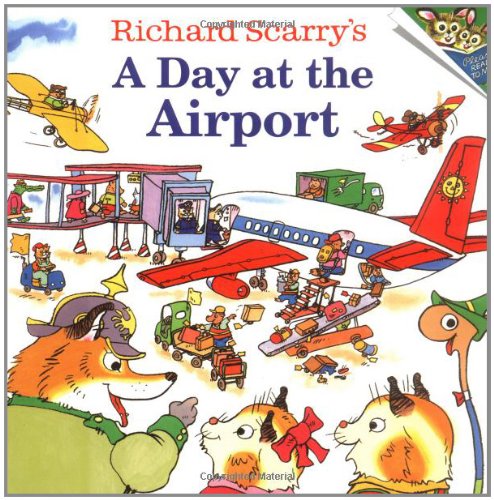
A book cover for Richard Scarry's A Day at the Airport (Pictureback(R)); Richard Scarry; Children's Books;